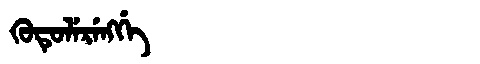
Manchu: ᡴᡠᡨᡠᠯᡝᡵᡝᠩᡤᡝ
Romanization: KUTULERENGGE